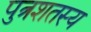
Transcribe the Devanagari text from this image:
पुत्रशतस्य